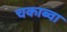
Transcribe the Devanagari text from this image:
चकाब्वा